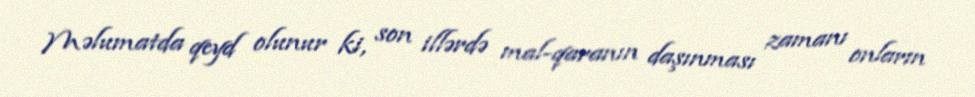
Məlumatda qeyd olunur ki, son illərdə mal-qaranın daşınması zamanı onların